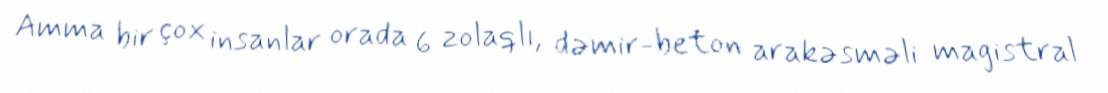
Amma bir çox insanlar orada 6 zolaqlı, dəmir-beton arakəsməli magistral